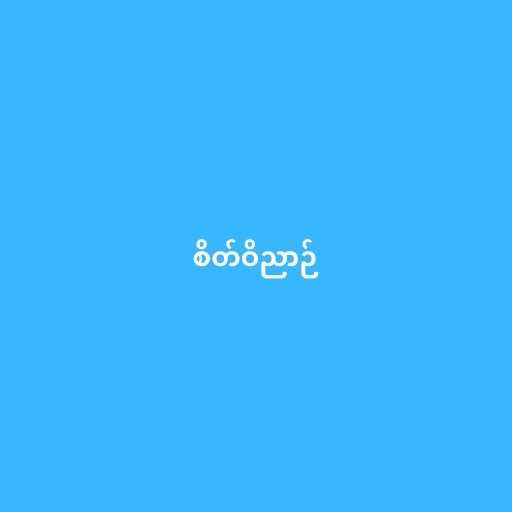
စိတ်ဝိညာဉ်